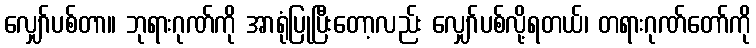
လျှော်ပစ်တာ။ ဘုရားဂုဏ်ကို အာရုံပြုပြီးတော့လည်း လျှော်ပစ်လို့ရတယ်၊ တရားဂုဏ်တော်ကို